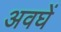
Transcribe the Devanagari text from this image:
अवघें